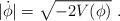
LaTeX: \begin{align*} |\dot\phi| = \sqrt{-2 V(\phi)} \ .\end{align*}